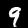
Label: 9